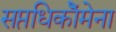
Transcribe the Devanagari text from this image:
सप्तधिकाॅेमेना